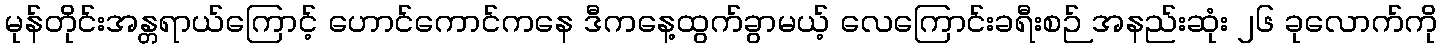
မုန်တိုင်းအန္တရာယ်ကြောင့် ဟောင်ကောင်ကနေ ဒီကနေ့ထွက်ခွာမယ့် လေကြောင်းခရီးစဉ် အနည်းဆုံး ၂၆ ခုလောက်ကို